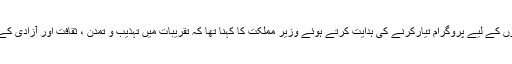
یوم ملک کے لئے قربانی دینے والوں کے لیے پروگرام تیارکرنے کی ہدایت کرتے ہوئے وزیر مملکت کا کہنا تھا کہ تقریبات میں تہذیب و تمدن ، ثقافت اور آزادی کے اسباب کو بھی واضح رکھا جائے۔